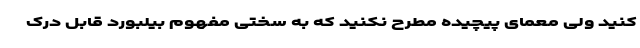
کنید ولی معمای پیچیده مطرح نکنید که به سختی مفهوم بیلبورد قابل درک